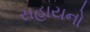
સહાયનો